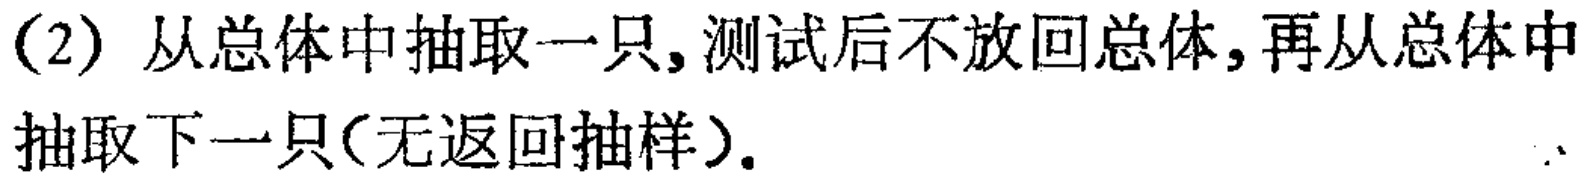
(2) 从总体中抽取一只,测试后不放回总体,再从总体中抽取下一只(无返回抽样).